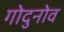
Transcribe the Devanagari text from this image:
गोदुनोव